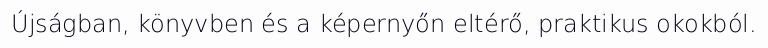
Újságban, könyvben és a képernyőn eltérő, praktikus okokból.